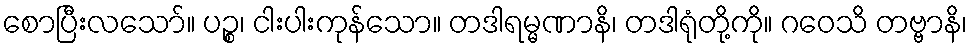
စောပြီးလသော်။ ပဉ္စ၊ ငါးပါးကုန်သော။ တဒါရမ္မဏာနိ၊ တဒါရုံတို့ကို။ ဂဝေသိ တဗ္ဗာနိ၊